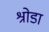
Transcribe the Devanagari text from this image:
श्रोडा